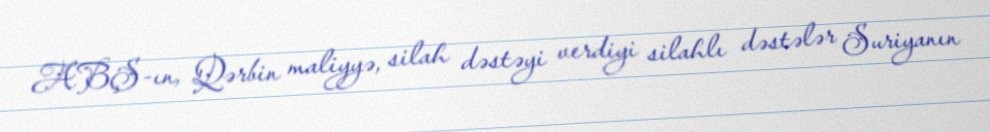
ABŞ-ın, Qərbin maliyyə, silah dəstəyi verdiyi silahlı dəstələr Suriyanın